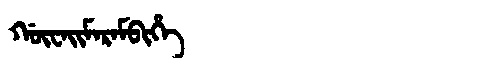
Manchu: ᡤᡡᠸᠠᡳᠮᠠᡵᠠᠮᠪᡳᡥᡝ
Romanization: GŪWAIMARAMBIHE